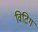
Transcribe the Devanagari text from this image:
विटिग